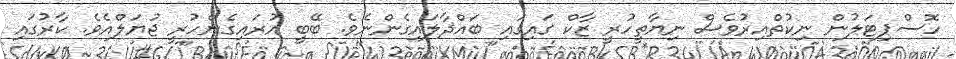
ހޮސްޕިޓަލުން ނިކުތްއިރުވެސް ނިޔާތީހުރީ ޒާކް ގައިގައި ބައްދާލައިގެންނެވެ. ބޭބީ އުރައިގެންހުރީ ޖުޔަލްއެވެ. ކާރުގައި